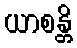
ယာစန္တိ